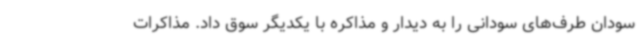
سودان طرف‌های سودانی را به دیدار و مذاکره با یکدیگر سوق داد. مذاکرات